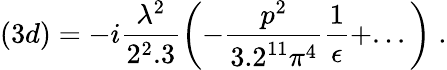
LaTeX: (3d)=-i\frac{\lambda^{2}}{2^{2}.3}\left(-\frac{p^{2}}{3.2^{11}\pi^{4}}\frac{1}{\epsilon}+...\right)\; .